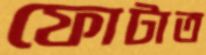
ফোটাত